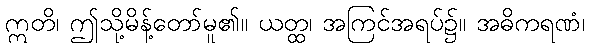
ဣတိ၊ ဤသို့မိန့်တော်မူ၏။ ယတ္ထ၊ အကြင်အရပ်၌။ အဓိကရဏံ၊